Standards of the constituents of the urine and blood and the bearing of the metabolism of Bengalis on the problems of nutrition - Number 34
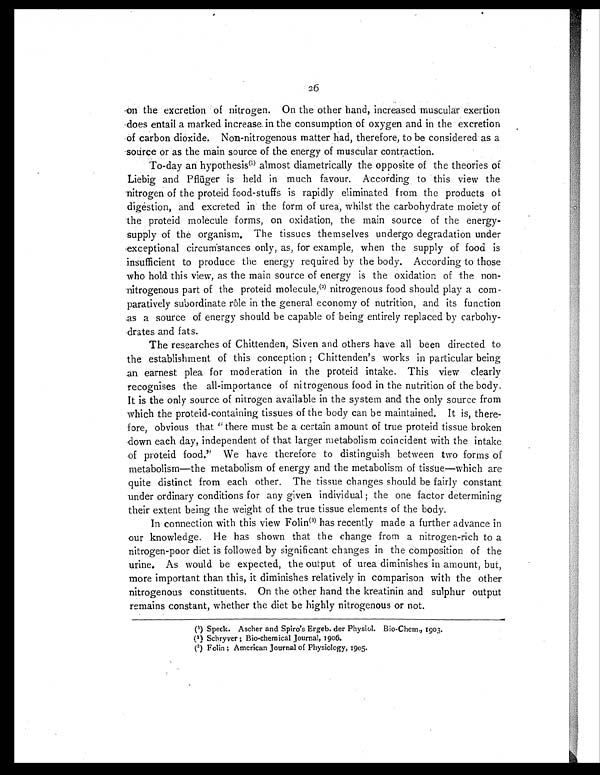
26
on the excretion of nitrogen. On the other hand, increased muscular exertion
does entail a marked increase. in the consumption of oxygen and in the excretion
of carbon dioxide. Non-nitrogenous matter had, therefore, to be considered as a
source or as the main source of the energy of muscular contraction.
To-day an hypothesi s(1) al most di ametri cal l y the opposi te of the theori es of
Liebig and Pflüger is held in much favour. According to this view the
nitrogen of the proteid food-stuffs is rapidly eliminated from the products of
digestion, and excreted in the form of urea, whilst the carbohydrate moiety of
the proteid molecule forms, on oxidation, the main source of the energy-
supply of the organism. The tissues themselves undergo degradation under
exceptional circumstances only, as, for example, when the supply of food is
insufficient to produce the energy required by the body. According to those
who hold. this view, as the main source of energy is the oxidation of the non-
nitrogenous part of the proteid molecule,(2) nitrogenous food should play a com-
paratively subordinate role in the general economy of nutrition, and its function
.as a source of energy should be capable of being entirely replaced by carbohy-
-drates and fats.
The researches of Chittenden, Siven and others have all been directed to
the establishment of this conception ; Chittenden's works in particular being
an earnest plea for moderation in the proteid intake. This view clearly
recognises the all-importance of nitrogenous food in the nutrition of the body.
It is the only source of nitrogen available in the system and the only source from
which the proteid-containing tissues of the body can be maintained. It is, there-
fore, obvious that " there must be a certain amount of true proteid tissue broken
down each day, independent of that larger metabolism coincident with the intake
of proteid food." We have therefore to distinguish between two forms of
metabolism—the metabolism of energy and the metabolism of tissue—which are
quite distinct from each other. The tissue changes should be fairly constant
under ordinary conditions for any given individual ; the one factor determining
their extent being the weight of the true tissue elements of the body.
In connection with this view Folin(3) has recently made a further advance in
our knowledge. He has shown that the change from a nitrogen-rich to a
nitrogen-poor diet is followed by significant changes in the composition of the
urine. As would be expected, the output of urea diminishes in amount, but,
more important than this, it diminishes relatively in comparison with the other
nitrogenous constituents. On the other hand the kreatinin and sulphur output
remains constant, whether the diet be highly nitrogenous or not.
(1) Speck. Ascher and Spiro's Ergeb. der Physiol. Bio-Chem., 1903.
(2)Schryver ; Bio-chemical. Journal, 1906.
( 3 ) F o l i n ; Ame r i c a n J o u r n a l o f P h y s i o l o g y , 1 9 0 5 .